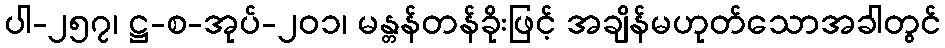
ပါ-၂၅၇၊ ဋ္ဌ-စ-အုပ်-၂၀၁၊ မန္တန်တန်ခိုးဖြင့် အချိန်မဟုတ်သောအခါတွင်